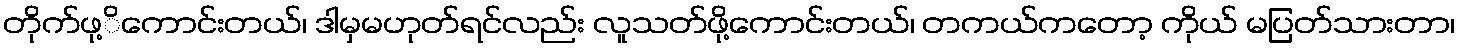
တိုက်ဖု့ိကောင်းတယ်၊ ဒါမှမဟုတ်ရင်လည်း လူသတ်ဖို့ကောင်းတယ်၊ တကယ်ကတော့ ကိုယ် မပြတ်သားတာ၊